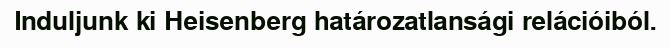
Induljunk ki Heisenberg határozatlansági relációiból.